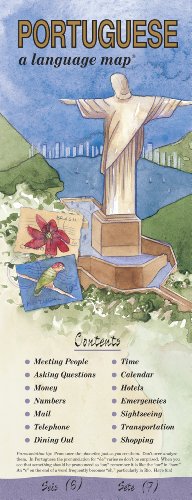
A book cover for PORTUGUESE a language mapÂ®; Kristine K. Kershul; Travel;